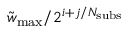
\tilde { w } _ { \mathrm { m a x } } / 2 ^ { i + j / N _ { \mathrm { s u b s } } }